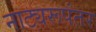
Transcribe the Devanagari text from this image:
नाट्यरूपंतर